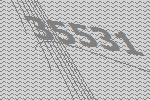
35531